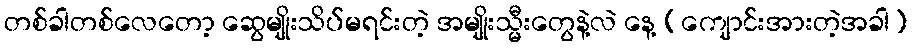
တစ်ခါတစ်လေတော့ ဆွေမျိုးသိပ်မရင်းတဲ့ အမျိုးသ္မီးတွေနဲ့လဲ နေ့ (ကျောင်းအားတဲ့အခါ)